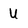
Character: U